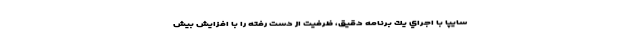
سایپا با اجراي يك برنامه دقيق، ظرفيت از دست رفته را با افزايش بيش